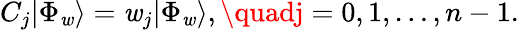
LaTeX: {C}_{j}|\Phi_{\mathit{w}}\rangle=\mathit{w}_{j}|\Phi_{\mathit{w}}\rangle,\quadj=0,1,\ldots,n-1.